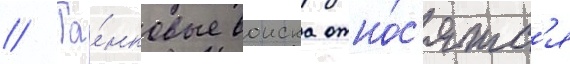
// Та́нковые воиска отно́с'ятс'я